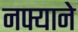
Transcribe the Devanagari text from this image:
नफ्याने